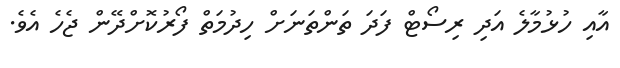
އާއި ހުޅުމާލެ އަދި ރިސޯޓް ފަދަ ތަންތަނަށް ހިދުމަތް ފޯރުކޮށްދޭން ޖެހެ އެވެ.